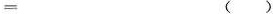
= （）